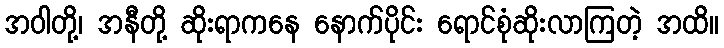
အဝါတို့၊ အနီတို့ ဆိုးရာကနေ နောက်ပိုင်း ရောင်စုံဆိုးလာကြတဲ့ အထိ။